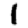
Digit: 1